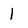
Character: 1